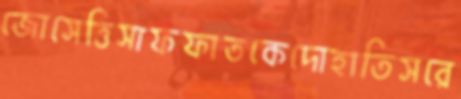
জোসেত্তিসাফফাতকেদোহাতিসরে